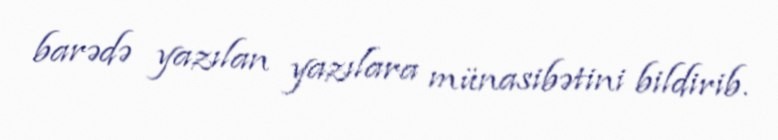
barədə yazılan yazılara münasibətini bildirib.